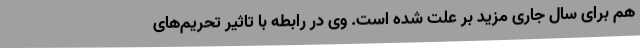
هم برای سال جاری مزید بر علت شده است. وی در رابطه با تاثیر تحریم‌های